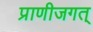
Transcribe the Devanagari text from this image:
प्राणीजगत्